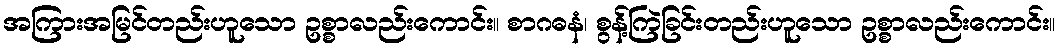
အကြားအမြင်တည်းဟူသော ဥစ္စာလည်းကောင်း။ စာဂဓနံ၊ စွန့်ကြဲခြင်းတည်းဟူသော ဥစ္စာလည်းကောင်း။